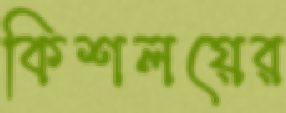
কিশলয়ের